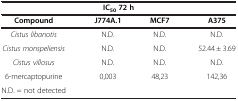
<table><thead><tr><td colspan="4"><b>IC<sub>50</sub>72 h</b></td></tr><tr><td><b>Compound</b></td><td><b>J774A.1</b></td><td><b>MCF7</b></td><td><b>A375</b></td></tr></thead><tbody><tr><td><i>Cistus libanotis</i></td><td>N.D.</td><td>N.D.</td><td>N.D.</td></tr><tr><td><i>Cistus monspeliensis</i></td><td>N.D.</td><td>N.D.</td><td>52.44 ± 3.69</td></tr><tr><td><i>Cistus villosus</i></td><td>N.D.</td><td>N.D.</td><td>N.D.</td></tr><tr><td>6-mercaptopurine</td><td>0,003</td><td>48,23</td><td>142,36</td></tr><tr><td>N.D. = not detected</td><td> </td><td> </td><td> </td></tr></tbody></table>